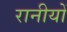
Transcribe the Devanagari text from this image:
रानीयों